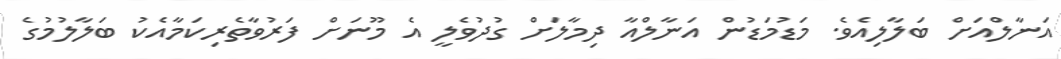
އަނާލްއަށް ބަލާލިއެވެ. މަޑުމަޑުން އަނާލްއާ ދިމާލަށް ގުދުވެލީ އެ މޫނަށް ފަރުވާތެރިކަމާއެކު ބަލާލުމުގެ